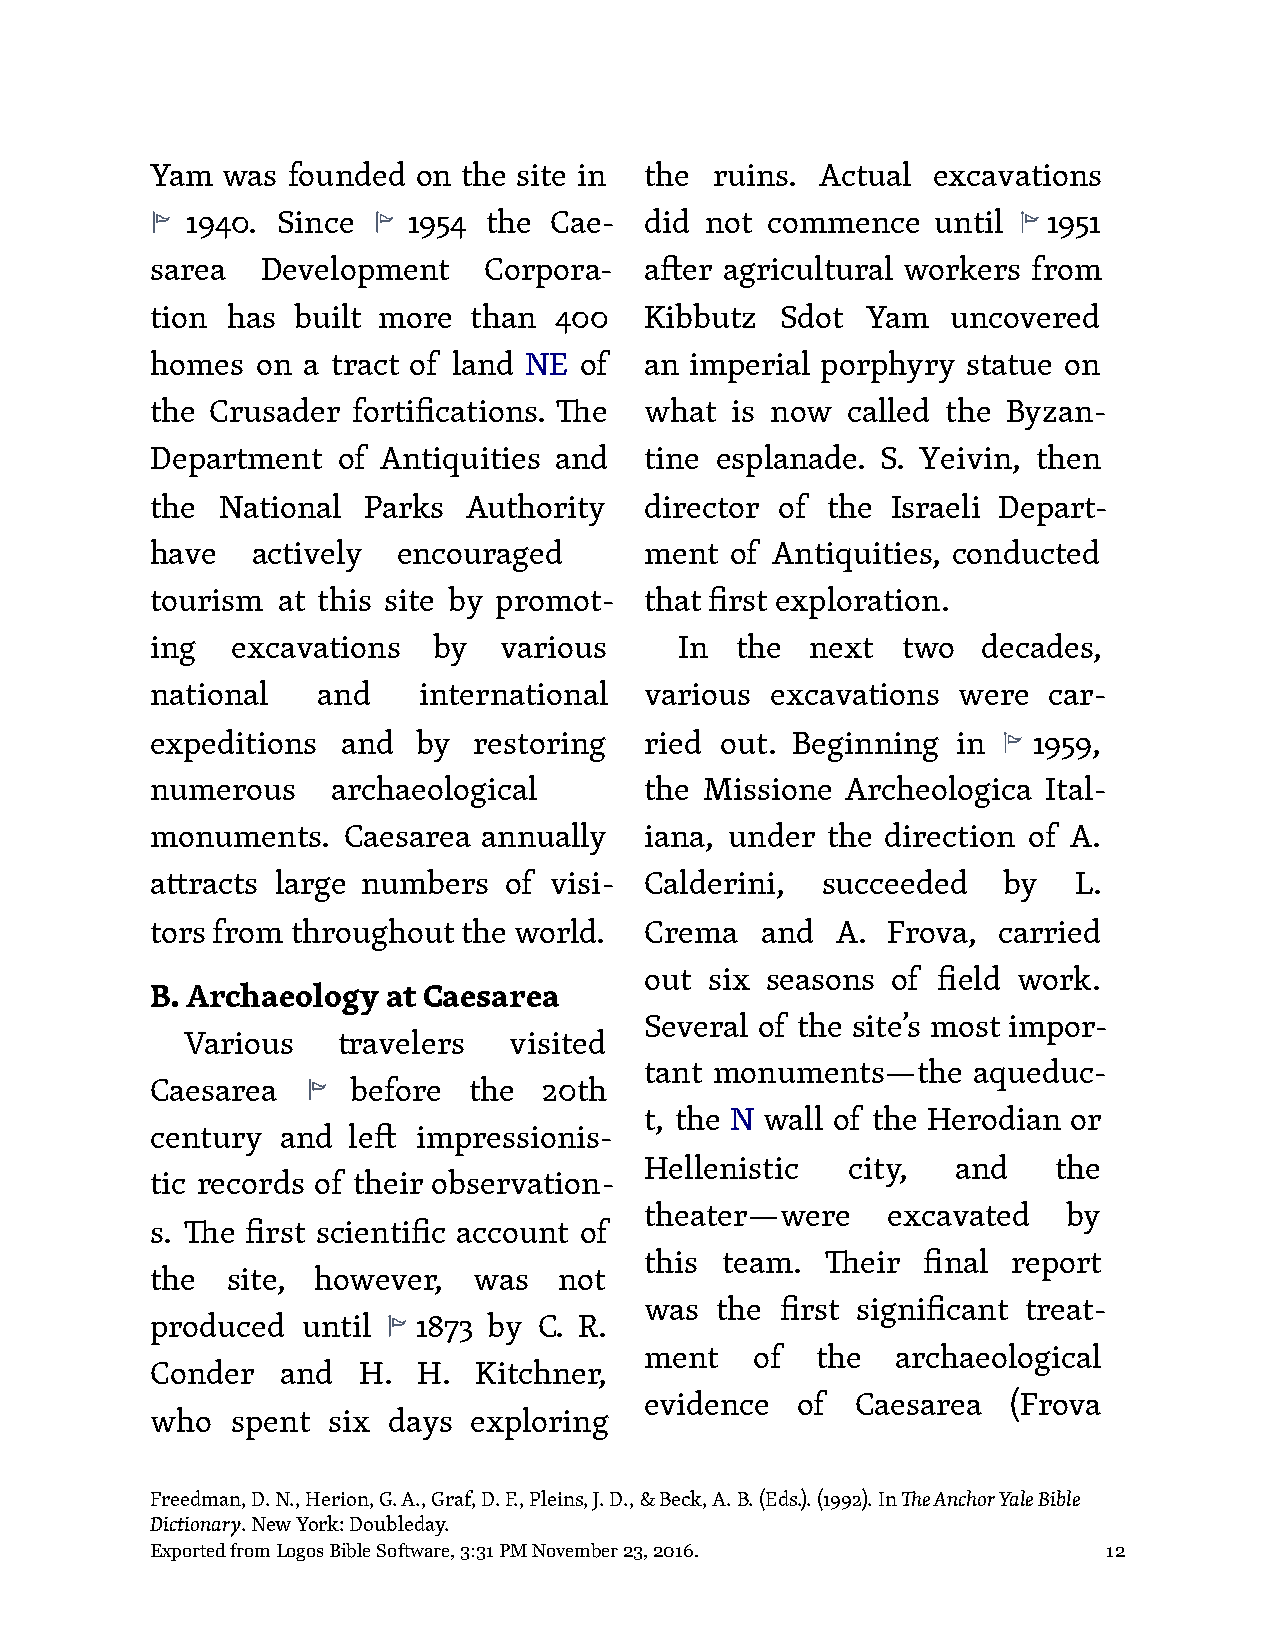
Yam  was founded  on the site in the ruins. Actual  excavations
 1940. Since    1954 the Cae-   did not commence   until  1951
 sarea  Development    Corpora-   a#er agricultural workers from
 tion has built more  than  400   Kibbutz  Sdot Yam   uncovered
 homes  on a tract of land NE of  an imperial porphyry statue on
 the Crusader fortifications. !e  what is now  called the Byzan-
 Department  of Antiquities and   tine esplanade. S. Yeivin, then
 the National  Parks  Authority   director of the Israeli Depart-
 have   actively encouraged       ment of Antiquities, conducted
 tourism at this site by promot-  that first exploration.
 ing  excavations   by  various     In  the  next  two  decades,
 national   and    international  various excavations were  car-
 expeditions  and  by restoring   ried out. Beginning in   1959,
 numerous    archaeological       the Missione Archeologica Ital-
 monuments.   Caesarea annually   iana, under the direction of A.
 a"racts large numbers  of visi-  Calderini, succeeded   by   L.
 tors from throughout the world.  Crema  and  A.  Frova, carried
 out six seasons of field work.
 B. Archaeology  at Caesarea
 Several of the site’s most impor-
 Various   travelers   visited
 tant monuments—the   aqueduc-
 Caesarea     before  the  20th
 t, the N wall of the Herodian or
 century  and le#  impressionis-
 Hellenistic  city,  and    the
 tic records of their observation-
 theater—were    excavated   by
 s. !e first scientific account of
 this team.  !eir  final report
 the  site, however,  was   not
 was the  first significant treat-
 produced  until   1873 by C. R.
 ment   of  the  archaeological
 Conder   and  H.  H. Kitchner,
 evidence  of  Caesarea  (Frova
 who  spent  six days exploring
 Freedman, D. N., Herion, G. A., Graf, D. F., Pleins, J. D., & Beck, A. B. (Eds.). (1992). In !e Anchor Yale Bible
 Dictionary. New York: Doubleday.
 Exported from Logos Bible Software, 3:31 PM November 23, 2016. 12